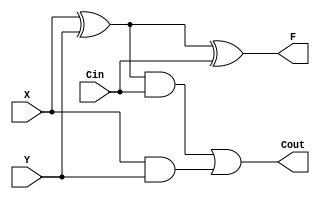
module fulladder(X,Y,Cin,F,Cout);
    input X,Y,Cin;
    output F,Cout;
    assign F=X^Y^Cin;
    assign Cout=((X^Y)&Cin)|(X&Y);
endmodule